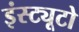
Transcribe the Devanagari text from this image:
इंस्ट्यूटो